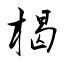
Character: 楬